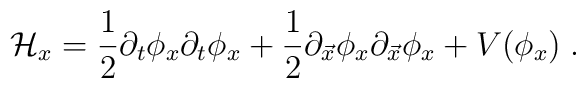
{\cal H}_x={\frac {1}{2}}\partial_t \phi_x        \partial_t \phi_x + {\frac {1}{2}}\partial_{\vec{x}} \phi_x        \partial_{\vec{x}} \phi_x + V(\phi_x)  \;.